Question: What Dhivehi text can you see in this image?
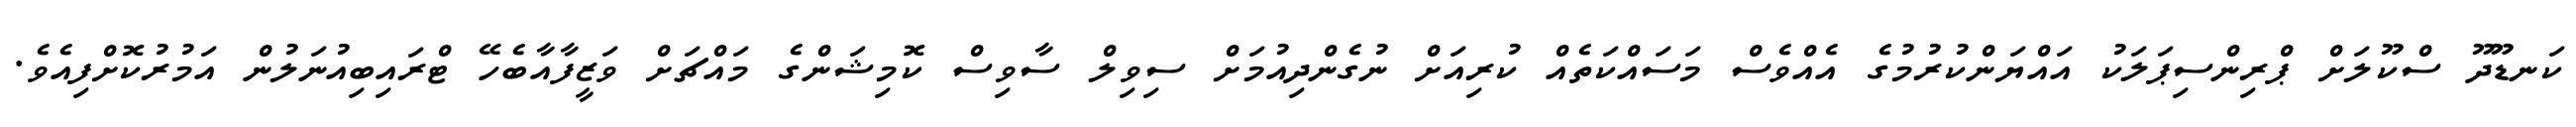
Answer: ކަނޑޫދޫ ސްކޫލަށް ޕްރިންސިޕަލަކު އައްޔަންކުރުމުގެ އެއްވެސް މަސައްކަތެއް ކުރިއަށް ނުގެންދިއުމަށް ސިވިލް ސާވިސް ކޮމިޝަންގެ މައްޗަށް ވަޒީފާއާބެހޭ ޓްރައިބިއުނަލުން އަމުރުކޮށްފިއެވެ.